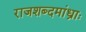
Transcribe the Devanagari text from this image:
राजशब्दमांध्राः